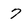
Character: 7